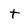
Character: t